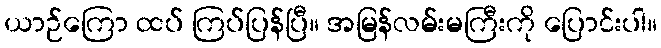
ယာဉ်ကြော ထပ် ကြပ်ပြန်ပြီ။ အမြန်လမ်းမကြီးကို ပြောင်းပါ။